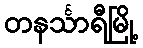
တနင်္သာရီမြို့